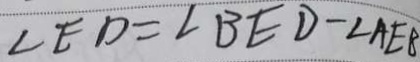
\angle E D = \angle B E D - \angle A E B